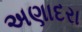
અણાદરા